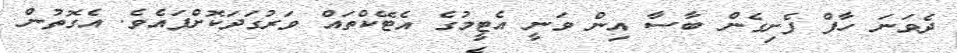
ދެވަނަ ހާފް ފެށިގެން ބާސާ އިން ވަނީ އެޓީމުގެ އެޓޭކްތައް ވަރުގަދަކޮށްފައެވެ. އެގޮތުން